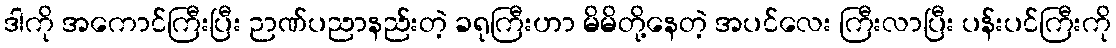
ဒါကို အကောင်ကြီးပြီး ဉာဏ်ပညာနည်းတဲ့ ခရုကြီးဟာ မိမိတို့နေတဲ့ အပင်လေး ကြီးလာပြီး ပန်းပင်ကြီးကို